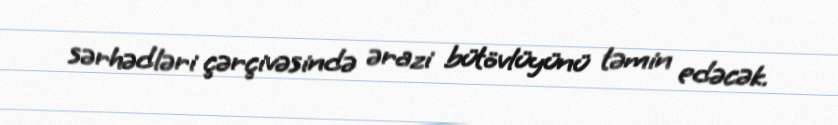
sərhədləri çərçivəsində ərazi bütövlüyünü təmin edəcək.